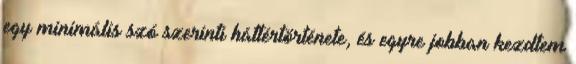
egy minimális szó szerinti háttértörténete, és egyre jobban kezdtem